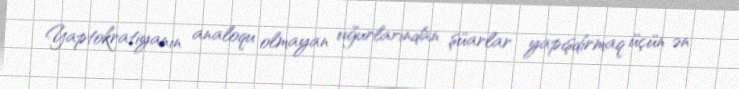
Yaptokratiyanın analoqu olmayan uğurlarından şüarlar yapışdırmaq üçün ən